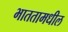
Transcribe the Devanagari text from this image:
भाततामधील